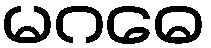
မဂဓေ